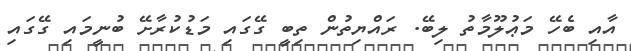
އާއި ބެހޭ މަޢުލޫމާތު ލިބޭ. ރައްޔިތުން ތިބީ ގޭގައި މަޑުކުރާށޭ ބުނީމައި ގޭގައި